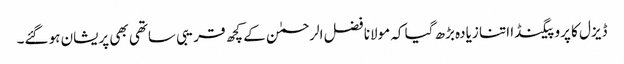
ڈیزل کا پروپیگنڈا اتنا زیادہ بڑھ گیا کہ مولانا فضل الرحمٰن کے کچھ قریبی ساتھی بھی پریشان ہو گئے۔